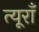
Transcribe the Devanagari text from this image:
त्यूराँ